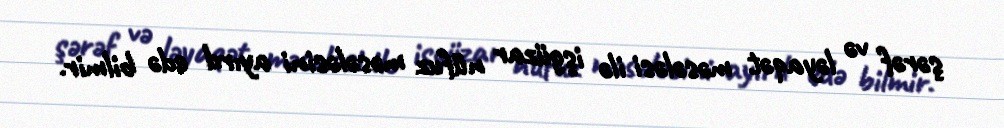
şərəf və ləyaqət məsələsi ilə işgüzar nüfuz məsələsini ayırd edə bilmir.